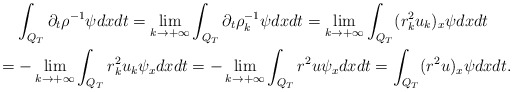
\begin{align*}\begin{aligned}&\int_{Q_T}\partial_t\rho^{-1}\psi dxdt=\lim_{k\rightarrow+\infty}\int_{Q_T}\partial_t\rho^{-1}_k\psi dxdt=\lim_{k\rightarrow+\infty}\int_{Q_T}(r^2_ku_k)_x\psi dxdt\\=&-\lim_{k\rightarrow+\infty}\int_{Q_T}r_k^2u_k\psi_xdxdt=-\lim_{k\rightarrow+\infty}\int_{Q_T}r^2u\psi_xdxdt=\int_{Q_T}(r^2u)_x\psi dxdt.\end{aligned}\end{align*}